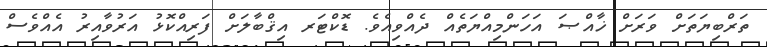
ތަރްބިޔަތަށް ވަރަށް ޚާއްޞަ އަހަންމިއްޔަތެއް ދެއްވިއެވެ. ޑޮކްޓަރ އިޤްބާލަށް ފަރިއްކޮޅު އަރުވާއިރު އެއްވެސް